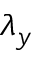
\lambda _ { y }